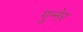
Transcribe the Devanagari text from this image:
गुन्नेर